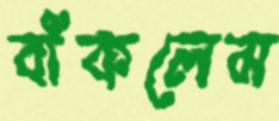
বাঁকলেম